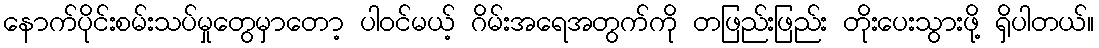
နောက်ပိုင်းစမ်းသပ်မှုတွေမှာတော့ ပါဝင်မယ့် ဂိမ်းအရေအတွက်ကို တဖြည်းဖြည်း တိုးပေးသွားဖို့ ရှိပါတယ်။